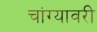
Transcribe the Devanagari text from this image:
चांग्यावरी